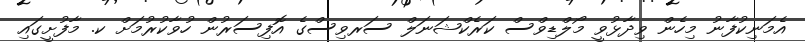
އެމަނިކުފާނު މިހެން ވިދާޅުވީ މޯލްޑިވްސް ކަރެކްޝަނަލް ސަރވިސްގެ އޮފިސަރުން ހުވާކުރުމަށް ކ. މާފުށީގައި